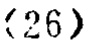
\((26)\)